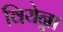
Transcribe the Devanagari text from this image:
वियेन्ना